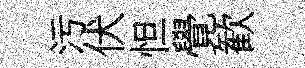
污伏怛覺歓